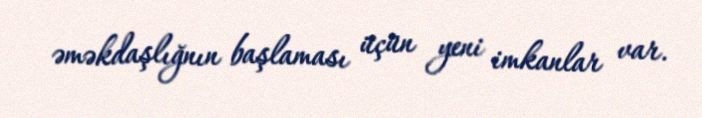
əməkdaşlığnın başlaması üçün yeni imkanlar var.